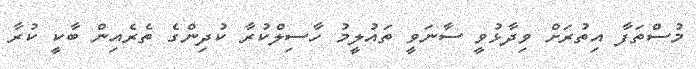
މުސްތަފާ އިތުރަށް ވިދާޅުވީ ސާނަވީ ތައުލީމު ހާސިލްކުރާ ކުދިންގެ ތެރެއިން ބާކީ ކުރާ